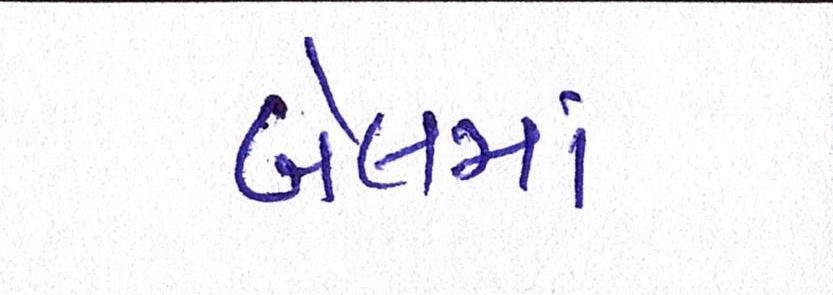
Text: બેલમાં